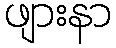
ဖျားနာ